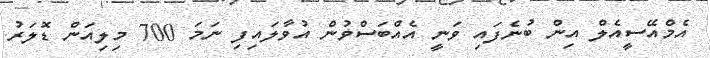
އެމްއޭސީއެލް އިން ބުނެފައި ވަނީ އެއްބަސްވުން އުވާލައިފި ނަމަ 700 މިލިއަން ޑޮލަރު